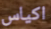
اكياس